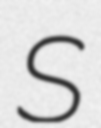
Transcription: S